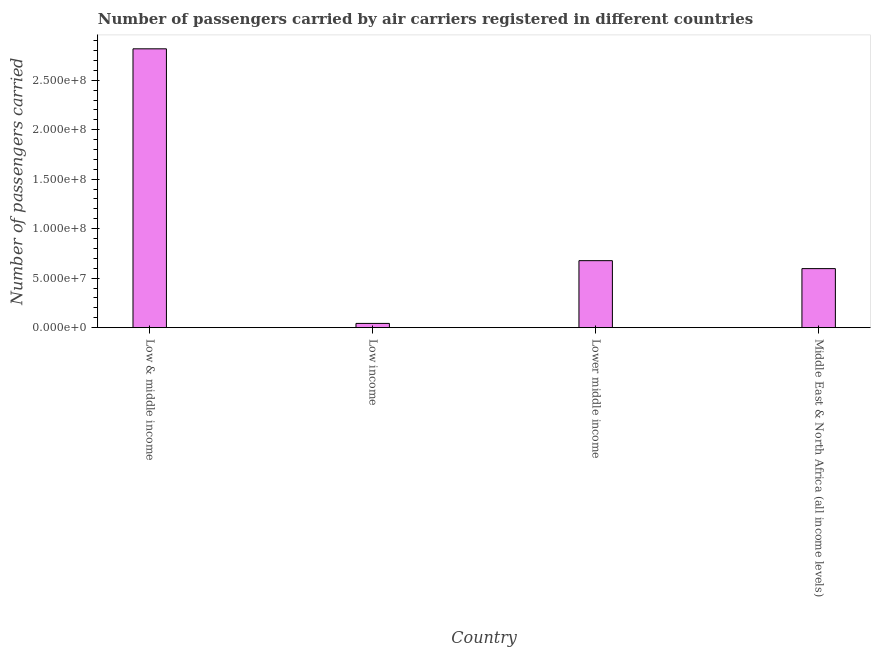
| Country | Air transport |
 | --- | --- |
 | Low & middle income | 2.82e+08 |
 | Low income | 4.29e+06 |
 | Lower middle income | 6.77e+07 |
 | Middle East & North Africa (all income levels) | 5.97e+07 |